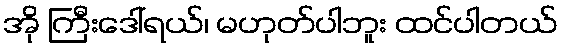
အို ကြီးဒေါ်ရယ်၊ မဟုတ်ပါဘူး ထင်ပါတယ်